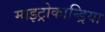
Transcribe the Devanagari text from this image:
माइट्रोकान्ड्रिया